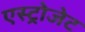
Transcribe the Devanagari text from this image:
एस्‍ट्रोजेट